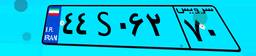
۴۴S۰۶۲۷۰